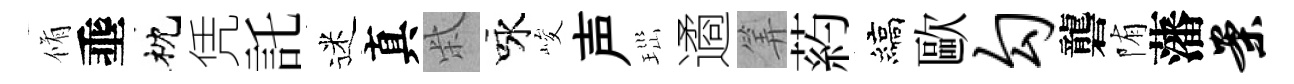
脩埀枕凭託迷真柴咏峻声𤤼遹筭葯縞歐勾礱陏藩案